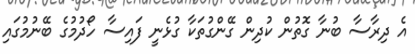
އެ ދިރާސާ ބުނާ ގޮތުން ކުދިން ގޭންގުތަކާ ގުޅެނީ ފައިސާ ހޯދުމުގެ ބޭނުމުގައި